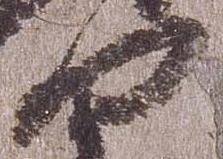
部